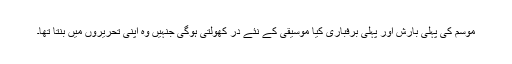
موسم کی پہلی بارش اور پہلی برفباری کیا موسیقی کے نئے در کھولتی ہوگی جنہیں وہ اپنی تحریروں میں بنتا تھا۔